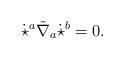
LaTeX: \begin{align*}\dot{\star}^a\tilde{\nabla}_a \dot{\star}^b =0.\end{align*}